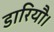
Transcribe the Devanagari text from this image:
डारियौ।